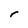
Character: r